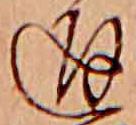
通